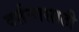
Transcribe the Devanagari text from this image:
वर्तनासाठी